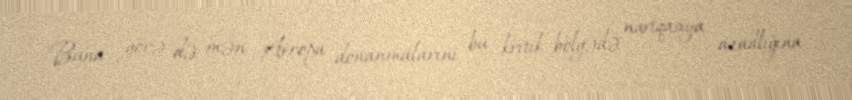
Buna görə də mən Avropa donanmalarını bu kritik bölgədə naviqasiya azadlığına